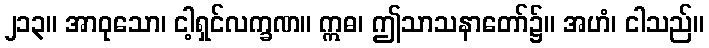
၂၁၃။ အာဝုသော၊ ငါ့ရှင်လက္ခဏ။ ဣဓ၊ ဤသာသနာတော်၌။ အဟံ၊ ငါသည်။